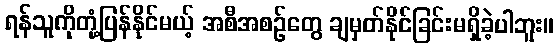
ရန်သူကိုတုံ့ပြန်နိုင်မယ့် အစီအစဉ်တွေ ချမှတ်နိုင်ခြင်းမရှိခဲ့ပါဘူး။